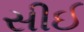
સીઈ